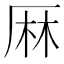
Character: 𠩵